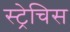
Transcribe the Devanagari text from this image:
स्ट्रेचिस